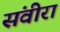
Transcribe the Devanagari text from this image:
संवीरा